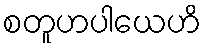
စတူဟပါယေဟိ